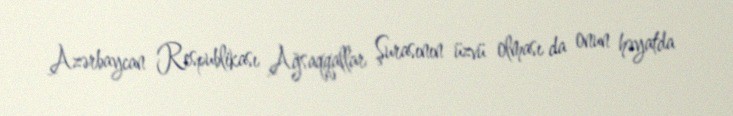
Azərbaycan Respublikası Ağsaqqallar Şurasının üzvü olması da onun həyatda